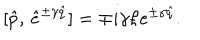
LaTeX: [ \hat { p } , \, \hat { e } ^ { \pm \gamma \hat { q } } ] = \mp i \gamma \hbar e ^ { \pm \gamma \hat { q } } .